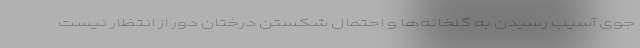
جوی آسیب رسیدن به گلخانه‌ها و احتمال شکستن درختان دور از انتظار نیست